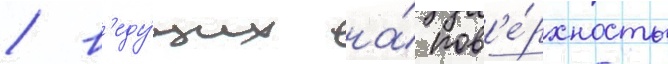
/ в'еду́щих на́ пов'е́рхность